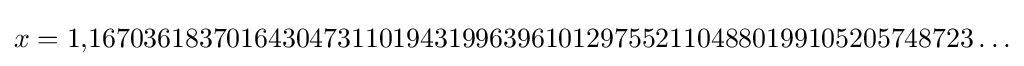
x=1{,}1670361837016430473110194319963961012975521104880199105205748723\ldots